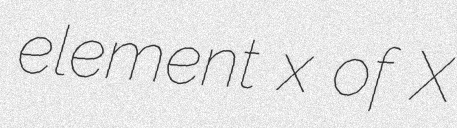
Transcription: element x of X